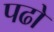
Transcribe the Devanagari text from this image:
पढो